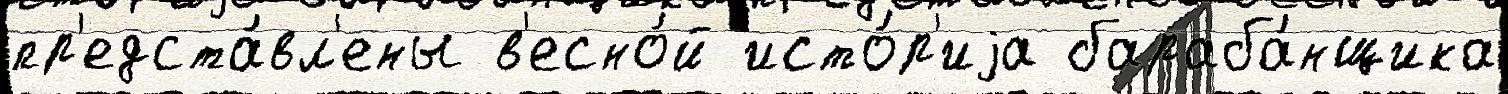
пр'едста́вл'ены в'есно́й исто́р'иjа бараба́нщика